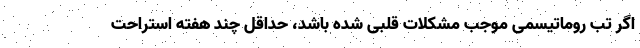
اگر تب روماتیسمی موجب مشکلات قلبی شده باشد، حداقل چند هفته استراحت